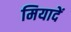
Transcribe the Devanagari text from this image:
मियादें